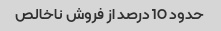
حدود 10 درصد از فروش ناخالص